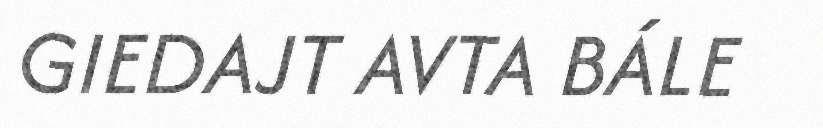
GIEDAJT AVTA BÁLE